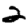
Digit: 2